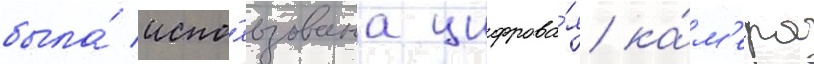
была́ испо́льзована цифрова́я ка́м'ера